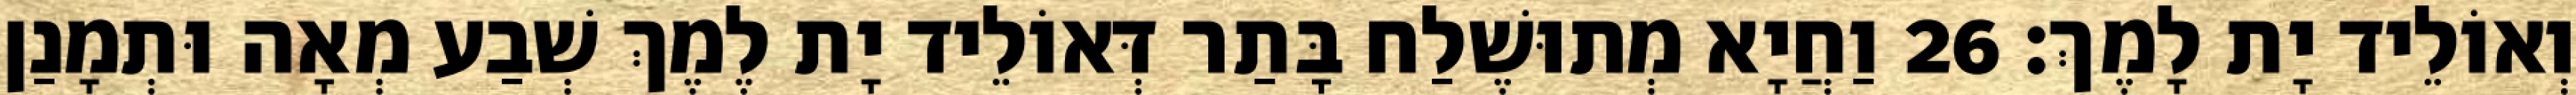
וְאוֹלֵיד יָת לָמֶךְ׃ 26 וַחֲיָא מְתוּשֶׁלַח בָּתַר דְּאוֹלֵיד יָת לֶמֶךְ שְׁבַע מְאָה וּתְמָנַן